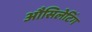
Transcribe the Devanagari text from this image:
औसिलेटिंग